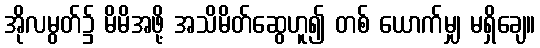
အိုလမွတ်၌ မိမိအဖို့ အသိမိတ်ဆွေဟူ၍ တစ် ယောက်မျှ မရှိချေ။